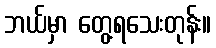
ဘယ်မှာ တွေ့ရသေးတုန်း။